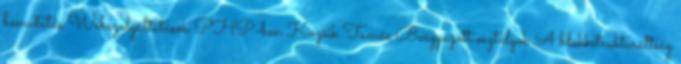
bemutatás Webszolgáltatások PHP-ben Kozsik Tamás Beágyazott osztályok A blokkstrukturáltság